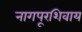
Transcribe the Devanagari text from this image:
नागपूरशिवाय